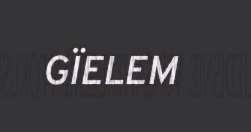
GÏELEM